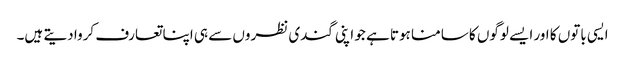
ایسی باتوں کا اور ایسے لوگوں کا سامنا ہوتا ہے جو اپنی گندی نظروں سے ہی اپنا تعارف کروا دیتے ہیں۔